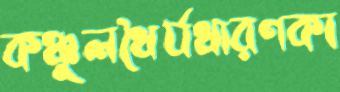
কঞ্চুলধৈর্যধারণকা